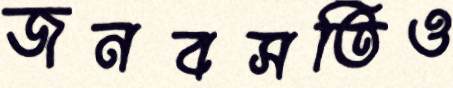
জনবসতিও